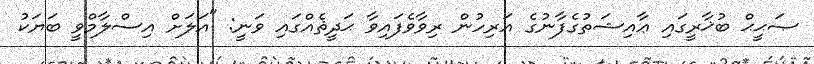
ޞަޙީޙް ބުޚާރީގައި ޢާއިޝަތުގެފާނުގެ އަރިހުން ރިވާވެފައިވާ ޙަދީޘެއްގައި ވަނީ: "އަލަށް އިސްލާމްވީ ބަޔަކު